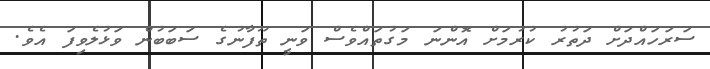
ސަރަހައްދަށް ދަތުރު ކުރުމަށް އޮންނަ މަގުތައްވެސް ވަނީ ތޫފާނުގެ ސަބަބުން ވަޅުލެވިފަ އެވެ.